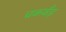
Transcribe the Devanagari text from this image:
चकवँड़